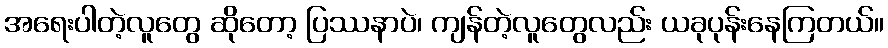
အရေးပါတဲ့လူတွေ ဆိုတော့ ပြဿနာပဲ၊ ကျန်တဲ့လူတွေလည်း ယခုပုန်းနေကြတယ်။